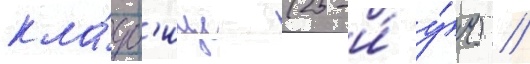
кла́дб'ище (25-и́ у́ч.) //